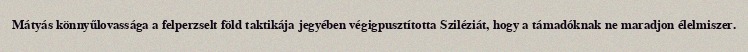
Mátyás könnyűlovassága a felperzselt föld taktikája jegyében végigpusztította Sziléziát, hogy a támadóknak ne maradjon élelmiszer.